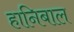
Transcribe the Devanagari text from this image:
हानिबाल